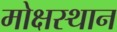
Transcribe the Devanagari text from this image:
मोक्षस्थान